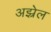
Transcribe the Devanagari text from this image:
अझ्रेल